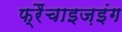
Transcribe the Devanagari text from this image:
फ्रैंचाइज़इंग